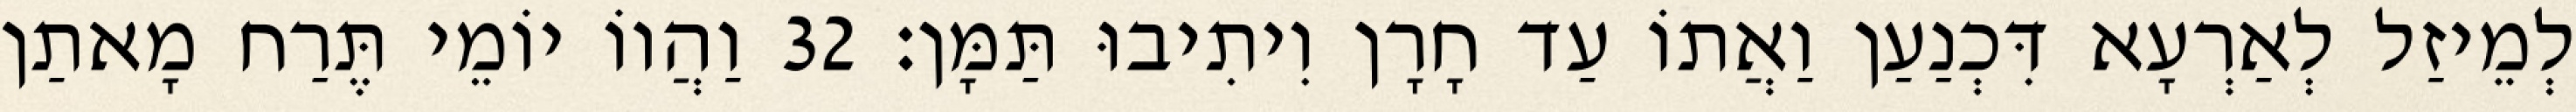
לְמֵיזַל לְאַרְעָא דִּכְנַעַן וַאֲתוֹ עַד חָרָן וִיתִיבוּ תַּמָּן׃ 32 וַהֲווֹ יוֹמֵי תֶּרַח מָאתַן